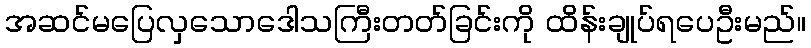
အဆင်မပြေလှသောဒေါသကြီးတတ်ခြင်းကို ထိန်းချုပ်ရပေဦးမည်။